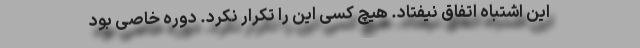
این اشتباه اتفاق نیفتاد. هیچ کسی این را تکرار نکرد. دوره خاصی بود